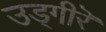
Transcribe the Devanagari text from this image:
उड्गीरॆ